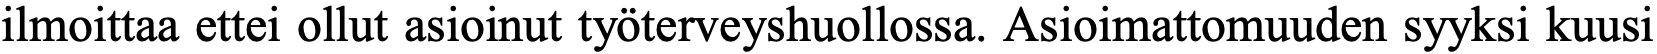
ilmoittaa ettei ollut asioinut työterveyshuollossa. Asioimattomuuden syyksi kuusi